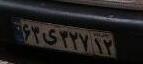
۶۳ی۳۲۷۱۲